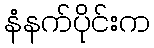
နံနက်ပိုင်းက